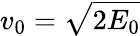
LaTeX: v_{0}=\sqrt{2E_{0}}